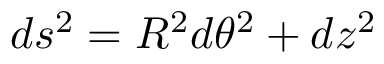
d s ^ { 2 } = R ^ { 2 } d \theta ^ { 2 } + d z ^ { 2 }